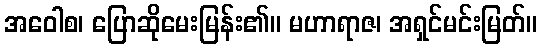
အဝေါစ၊ ပြောဆိုမေးမြန်း၏။ မဟာရာဇ၊ အရှင်မင်းမြတ်။